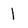
Character: 1